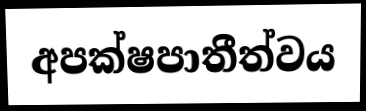
අපක්ෂපාතීත්වය